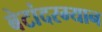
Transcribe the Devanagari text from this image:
बेटांदरम्यान